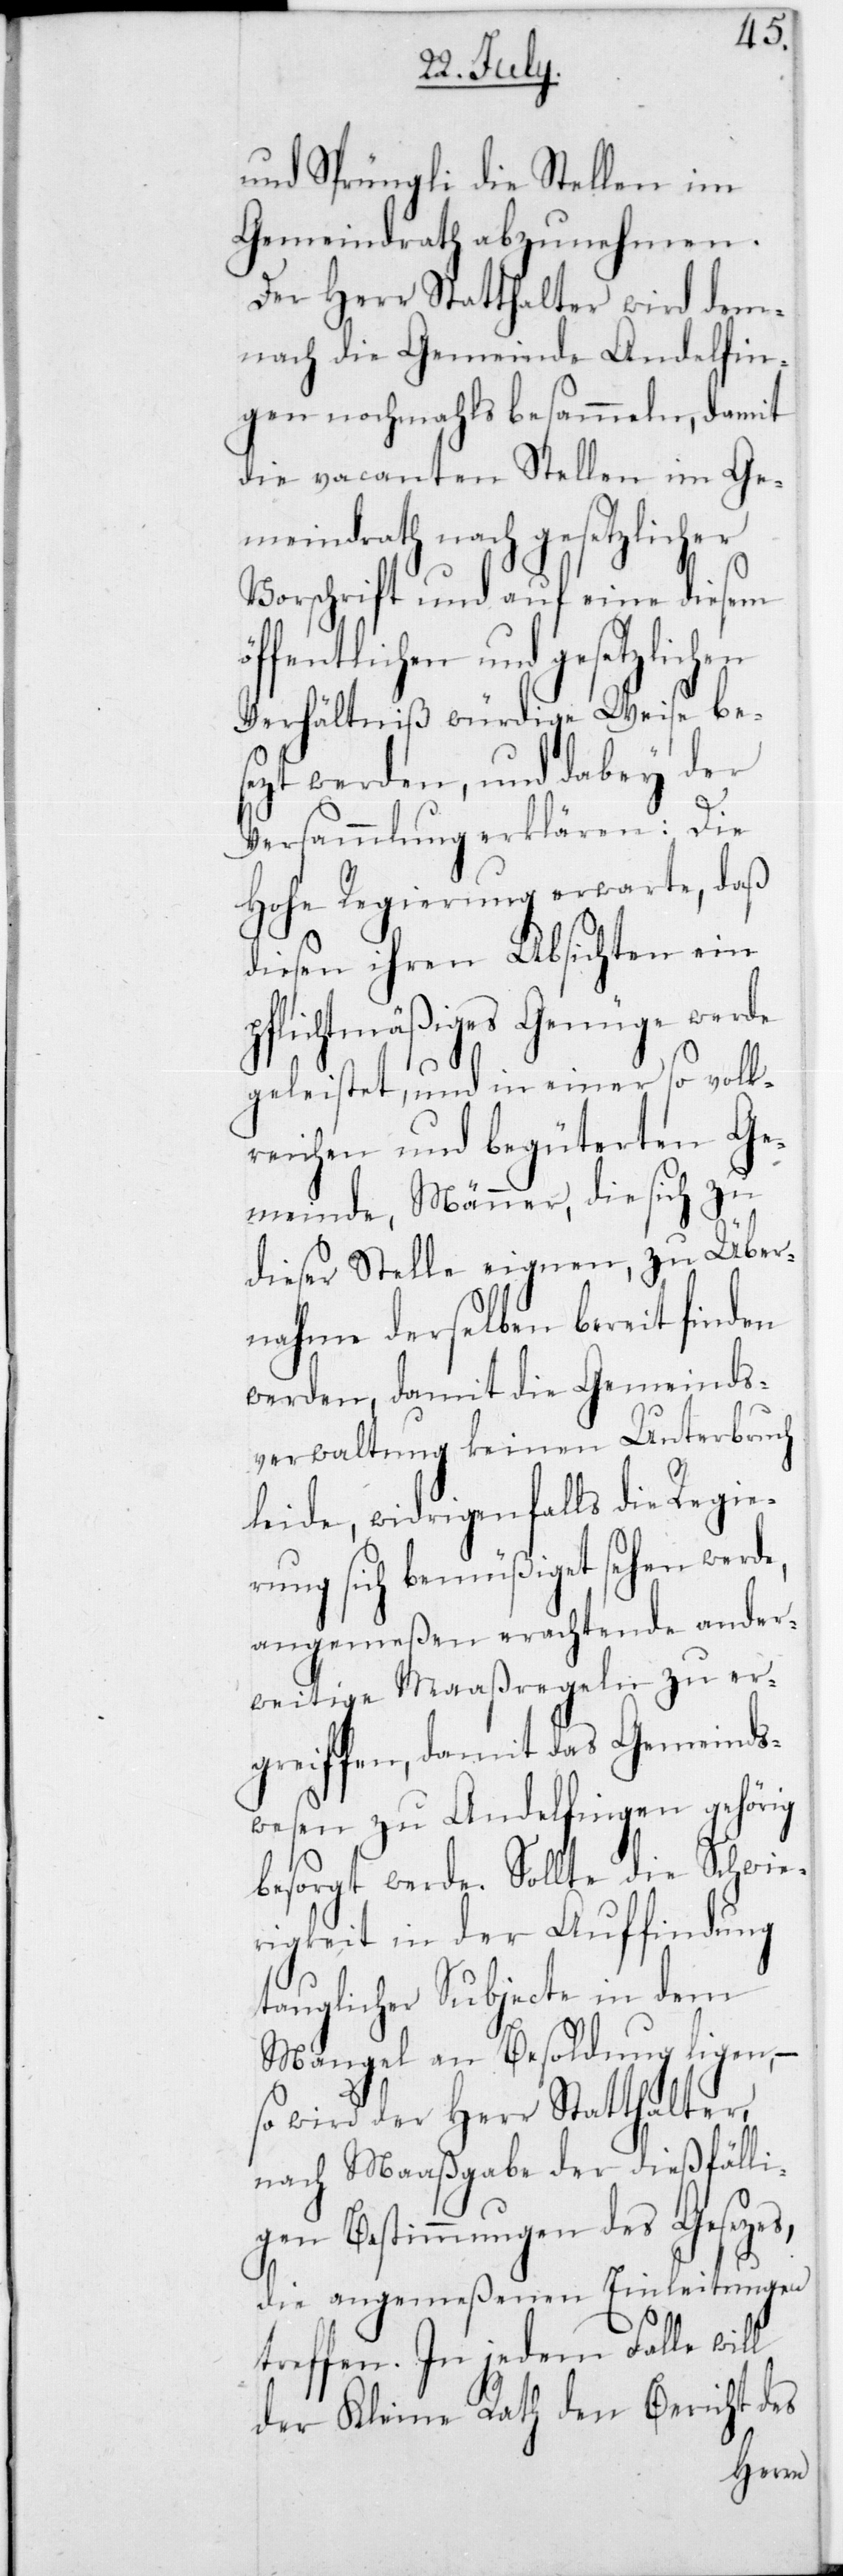
Schwier¬
und Sprüngli die Stellen im
Gemeindrath abzunehmen.
Der Herr Statthalter wird dem¬
nach die Gemeinde Andelfin¬
gen nochmals besammeln, damit
die vacanten Stellen im Ge¬
meindrath nach gesetzlich¬
Vorschrift und auf eine
ffentlichen und gesetzlic¬
Verhältniß würdige Weise be¬
sezt werden, und dabey der
Versammlung erklären: Die
Hohe Regierung erwarte, daß
diesen ihren Absichten ein
pflichtmäßiges Genüge werde
geleistet, und in einer so volk¬
reichen und begüterten Ge¬
meinde, Männer, die sich zu
dieser Stelle eignen, zu Über¬
nahme derselben bereit finden
werden, damit die Gemeinds¬
verwaltung keinen Unterbru¬
leide, widrigenfalls die Regie¬
rung sich bemüßiget sehen wer¬
angemeßen erachtende an¬
weitige Massregeln
ergreifen, damit das Gemeind¬
swesen zu Andelfingen
besorgt werde. Sollte die
igkeit in der Auffindung
tauglicher Subjecte in dem
Mangel an Besoldung ligen, –
so wird der Herr Statthalter,
nach Maaßgabe der dießfälli¬
gen Bestimmungen des Gesetzes,
die angemeßenen Einleitungen
treffen. In jedem Falle will
der Kleine Rath den Bericht des
der¬

de,